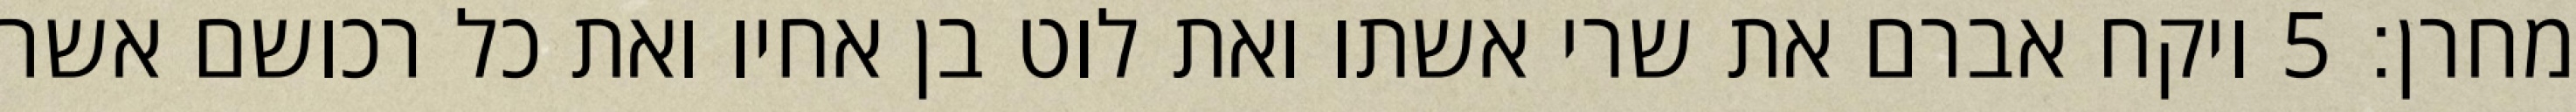
מחרן׃ ‎5‏ ויקח אברם את שרי אשתו ואת לוט בן אחיו ואת כל רכושם אשר